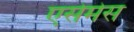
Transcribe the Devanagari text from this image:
एसेमेस